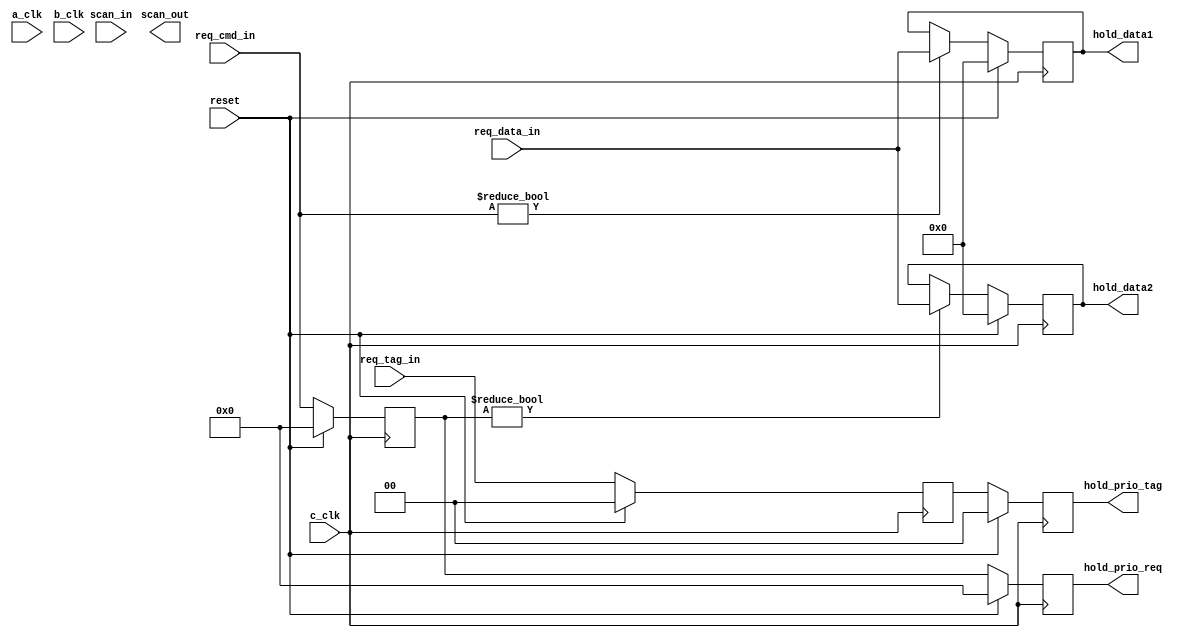
module holdreg(hold_data1, hold_data2, hold_prio_req, hold_prio_tag, scan_out, req_cmd_in, req_data_in, req_tag_in, reset, scan_in, a_clk, b_clk, c_clk);

   input a_clk, b_clk, c_clk, scan_in;
   input [0:3] req_cmd_in;
   input       reset;
   input [0:31] req_data_in;
   input [0:1] 	req_tag_in;
   
   output scan_out;
   output [0:3] hold_prio_req;
   output [0:1] hold_prio_tag;
   output [0:31] hold_data1, hold_data2;
 
   
   reg [0:3] 	 cmd_hold, cmd_hold_buf;
   wire [0:3] 	 cmd_hold_q;
   reg [0:31] 	 hold_data1_q, hold_data2_q;
   reg [0:1] 	 tag_hold, tag_hold_buf;
   
   
   always 
     @ (negedge c_clk) begin
//	fork
	   cmd_hold <= (reset) ?  4'b0 : req_cmd_in;
	   cmd_hold_buf <= (reset) ? 4'b0 : cmd_hold;
	   tag_hold <= (reset) ? 2'b0 : req_tag_in;
	   tag_hold_buf <= (reset) ? 2'b0 : tag_hold;
	//$display("**************************************HOLDREG********************************************\\\\\\\\\\\\\\\\\\\\\\\\\\\\\\\\n cmd_hold_buf%d,tag_hold_buf:%d\\\\\\\\\\\\\\\\\\\\\\\\\\\\\\\\n",cmd_hold_buf,tag_hold_buf);
//	join
     end

   always
     @ (negedge c_clk) begin
	//fork
	   hold_data1_q <= 
			   (reset) ? 32'b0 :
			   (req_cmd_in != 4'b0) ? req_data_in :
			   hold_data1_q;

	   hold_data2_q <=
			  (reset) ? 32'b0 :
			  (cmd_hold != 4'b0) ? req_data_in :
			  hold_data2_q;
	//$display("**************************************HOLDREG********************************************\\\\\\\\\\\\\\\\\\\\\\\\\\\\\\\\n hold_data1_q%d,hold_data2_q:%d\\\\\\\\\\\\\\\\\\\\\\\\\\\\\\\\n",hold_data1_q,hold_data2_q);
//	join
     end // always @ (negedge c_clk)

   assign hold_data1 = hold_data1_q;
   assign hold_data2 = hold_data2_q;
   assign hold_prio_req = cmd_hold_buf;
   assign hold_prio_tag = tag_hold_buf;
      
endmodule